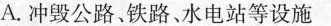
A.冲毁公路、铁路、水电站等设施